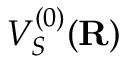
V _ { S } ^ { ( 0 ) } ( { \bf R } )